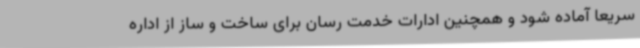
سریعا آماده شود و همچنین ادارات خدمت رسان برای ساخت و ساز از اداره